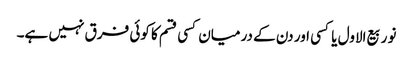
نو ربیع الاول یا کسی اور دن کے درمیان کسی قسم کا کوئی فرق نہیں ہے۔